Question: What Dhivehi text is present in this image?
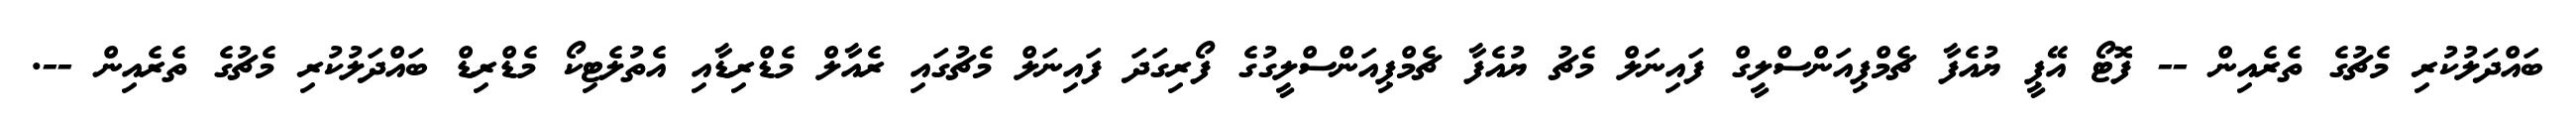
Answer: ބައްދަލުކުރި މެޗުގެ ތެރެއިން -- ފޮޓޯ އޭޕީ ޔުއެފާ ޗެމްޕިއަންސްލީގް ފައިނަލް މެޗު ޔުއެފާ ޗެމްޕިއަންސްލީގުގެ ފޯރިގަދަ ފައިނަލް މެޗުގައި ރެއާލް މެޑްރިޑާއި އެތުލެޓިކޯ މެޑްރިޑް ބައްދަލުކުރި މެޗުގެ ތެރެއިން --.